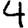
Digit: 4